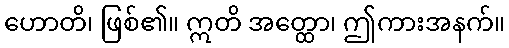
ဟောတိ၊ ဖြစ်၏။ ဣတိ အတ္ထော၊ ဤကားအနက်။